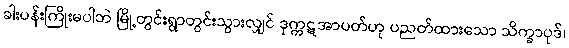
ခါးပန်းကြိုးမပါဘဲ မြို့တွင်းရွာတွင်းသွားလျှင် ဒုက္ကဋအာပတ်ဟု ပညတ်ထားသော သိက္ခာပုဒ်၊